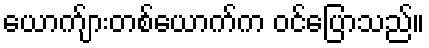
ယောက်ျားတစ်ယောက်က ဝင်ပြောသည်။